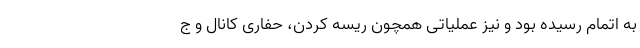
به اتمام رسیده بود و نیز عملیاتی همچون ریسه کردن، حفاری کانال و ج